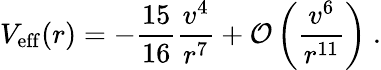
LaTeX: V_{\mathrm{eff}}(r)=-{\frac{15}{16}}{\frac{v^{4}}{r^{7}}}+{\cal O}\left({\frac{v^{6}}{r^{11}}}\right)\ .